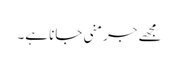
مجھے جرمنی جانا ہے۔